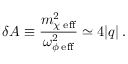
\delta A \equiv \frac { m _ { \chi \; \mathrm { e f f } } ^ { 2 } } { \omega _ { \phi \; \mathrm { e f f } } ^ { 2 } } \simeq 4 \vert q \vert \, .